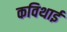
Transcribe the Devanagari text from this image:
कविथाई